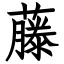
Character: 藤